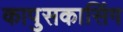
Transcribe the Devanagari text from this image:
कापुसकासिंग